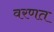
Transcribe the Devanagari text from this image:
वरणत